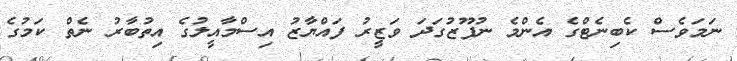
ނަމަވެސް ކެބިނެޓްގެ އެންމެ ނުފޫޒުގަދަ ވަޒީރު ފައްޔާޒު އިސްމާއީލުގެ އިތުބާރު ނެތް ކަމުގެ